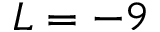
L = - 9